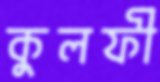
কুলফী